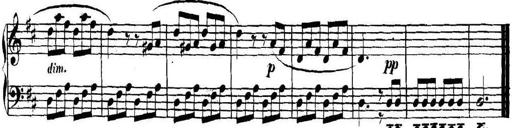
Title: Collected Piano Sonatas
Composer: Muzio Clementi